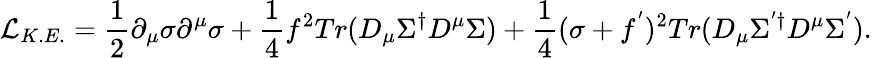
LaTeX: {\cal L}_{K.E.}=\frac{1}{2}\partial_{\mu}\sigma\partial^{\mu}\sigma+\frac{1}{4}f^{2}Tr({D}_{\mu}\Sigma^{\dagger}{D}^{\mu}\Sigma)+\frac{1}{4}(\sigma+f^{'})^{2}Tr({D}_{\mu}\Sigma^{'\dagger}{D}^{\mu}\Sigma^{'}).